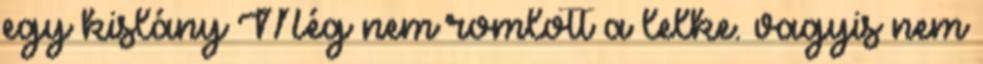
egy kislány Még nem romlott a lelke. vagyis nem